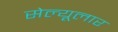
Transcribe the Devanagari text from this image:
सेल्यूलार